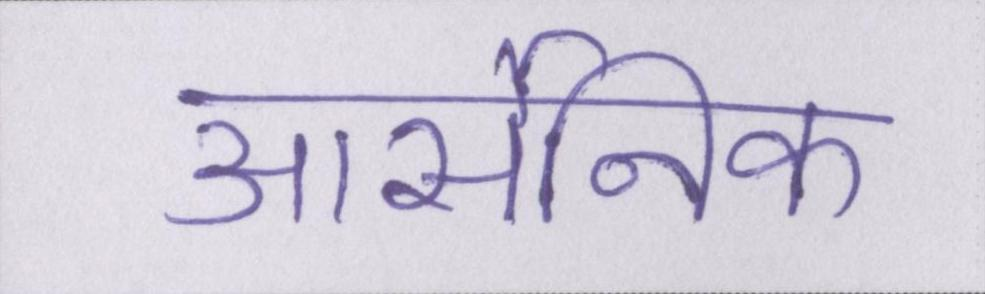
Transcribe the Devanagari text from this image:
आर्सेनिक